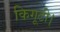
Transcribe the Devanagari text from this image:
किगूटी।